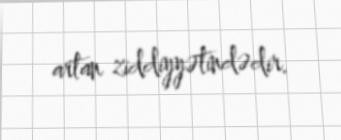
artan ziddiyyətindədir.